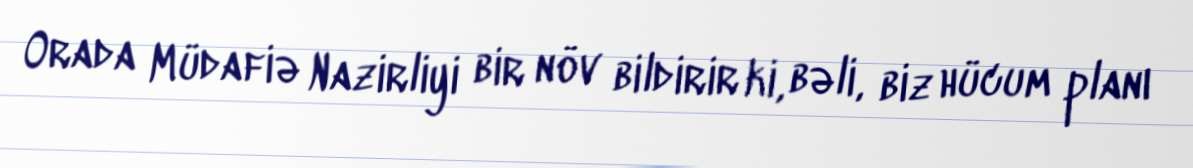
Orada Müdafiə Nazirliyi bir növ bildirir ki, bəli, biz hücum planı